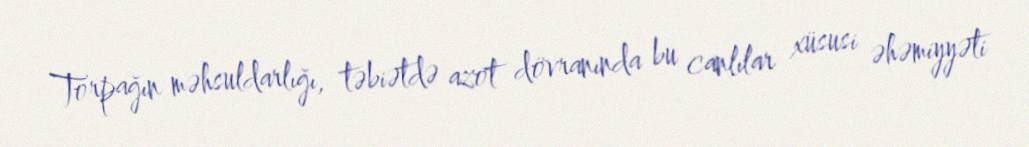
Torpağın məhsuldarlığı, təbiətdə azot dövranında bu canlılar xüsusi əhəmiyyəti